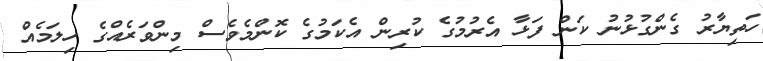
ހަތިޔާރު ގެންގުޅުނު ކަން ފަޅާ އެރުމުގެ ކުރިން އެކަމުގެ ކޮންމެވެސް މިންވަރެއްގެ ހިލަމެއް